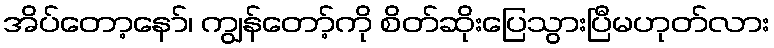
အိပ်တော့နော်၊ ကျွန်တော့်ကို စိတ်ဆိုးပြေသွားပြီမဟုတ်လား